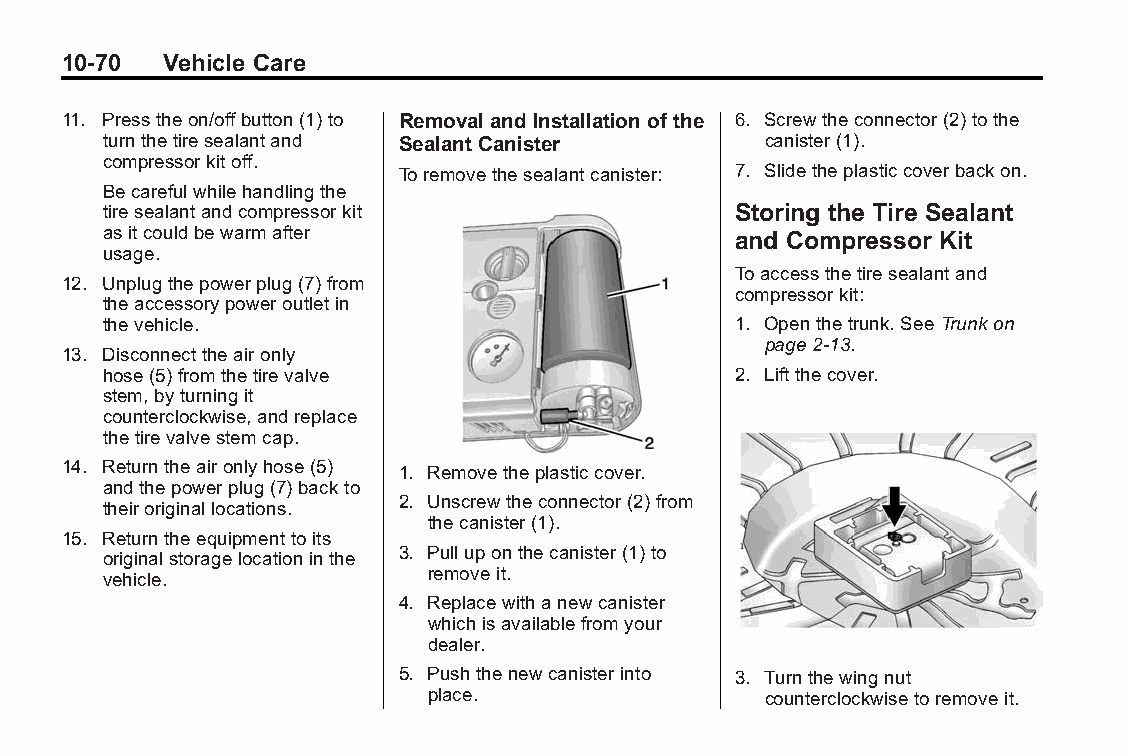
Buick LaCrosse Owner Manual (GMNA-Localizing-U.S./Canada/Mexico- Blackplate(70,1)
 6043609)-2014-2ndEdition-10/17/13
 10-70  Vehicle Care
 11. Presstheon/offbutton(1)to Removal and Installation of the 6. Screwtheconnector(2)tothe
 turnthetiresealantand Sealant Canister     canister(1).
 compressorkitoff.
 Toremovethesealantcanister: 7. Slidetheplasticcoverbackon.
 Becarefulwhilehandlingthe
 tiresealantandcompressorkit              Storing the Tire Sealant
 asitcouldbewarmafter                     and Compressor Kit
 usage.
 Toaccessthetiresealantand
 12. Unplugthepowerplug(7)from
 compressorkit:
 theaccessorypoweroutletin
 thevehicle.                              1. Openthetrunk.SeeTrunkon
 page2-13.
 13. Disconnecttheaironly
 hose(5)fromthetirevalve                  2. Liftthecover.
 stem,byturningit
 counterclockwise,andreplace
 thetirevalvestemcap.
 14. Returntheaironlyhose(5) 1. Removetheplasticcover.
 andthepowerplug(7)backto
 2. Unscrewtheconnector(2)from
 theiroriginallocations.
 thecanister(1).
 15. Returntheequipmenttoits
 3. Pulluponthecanister(1)to
 originalstoragelocationinthe
 removeit.
 vehicle.
 4. Replacewithanewcanister
 whichisavailablefromyour
 dealer.
 5. Pushthenewcanisterinto 3. Turnthewingnut
 place.                counterclockwisetoremoveit.